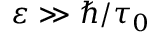
\varepsilon \gg \hbar / \tau _ { 0 }